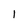
Character: l